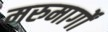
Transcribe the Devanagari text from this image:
मरुमार्गों